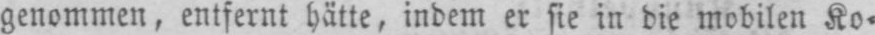
genommen, entfernt hätte, indem er sie in die mobilen Ko⸗